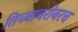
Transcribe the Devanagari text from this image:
तिच्याबरोबरच